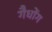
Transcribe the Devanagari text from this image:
गैधोंग